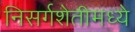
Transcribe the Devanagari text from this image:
निसर्गशेतीमध्ये